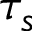
\tau _ { s }